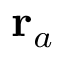
\mathbf { r } _ { a }